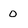
Character: 0